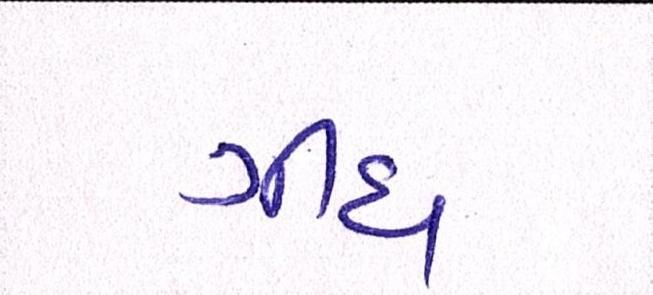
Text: ગીધ